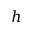
h